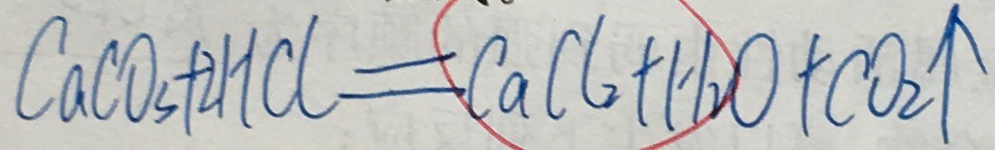
C a C O _ { 3 } + 2 H C l = C a C l _ { 2 } + H _ { 2 } O + C O _ { 2 } \uparrow